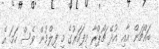
ބައްޗަން އާއި އުދޭ ޗޯޕްރާ މިފަހަރުގެ މި ފިލްމުން ވެސް ހަމަ އެ